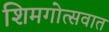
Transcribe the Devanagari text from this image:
शिमगोत्सवात